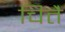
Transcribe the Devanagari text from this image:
चितै